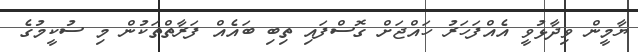
ޔާމީން ވިދާޅުވީ އެއްފަހަރު ހައްޖަށް ގޮސްފައި ތިބި ބައެއް ފަރާތްތަކުން މި ސުކީމުގެ